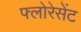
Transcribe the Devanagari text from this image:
फ्लोरेसेंट